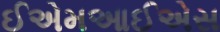
ઈએમઆઈએસ